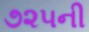
૭૨૫ની